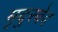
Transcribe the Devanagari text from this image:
मृदुस्वेद